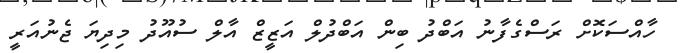
ހާއްސަކޮށް ރަސްގެފާނު އަބްދު ބިން އަބްދުލް އަޒީޒް އާލް ސުއޫދު މިދިޔަ ޖެނުއަރީ